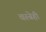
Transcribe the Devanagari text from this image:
वस्त्रेही